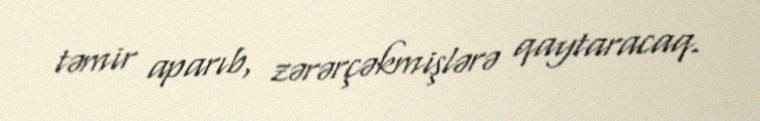
təmir aparıb, zərərçəkmişlərə qaytaracaq.